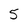
Character: 5